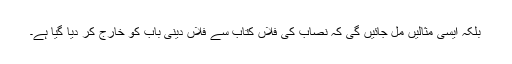
بلکہ ایسی مثالیں مل جائیں گی کہ نصاب کی فلاں کتاب سے فلاں دینی باب کو خارج کر دیا گیا ہے۔